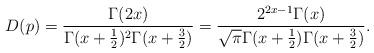
LaTeX: \begin{align*}D(p) = \frac{\Gamma(2x)}{\Gamma(x+\frac12)^2\Gamma(x+\frac32)} = \frac{2^{2x-1}\Gamma(x)}{\sqrt{\pi}\Gamma(x+\frac{1}{2})\Gamma(x+\frac{3}{2})}.\end{align*}